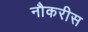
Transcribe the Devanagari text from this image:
नौकरीस